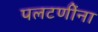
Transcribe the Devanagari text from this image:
पलटणींना